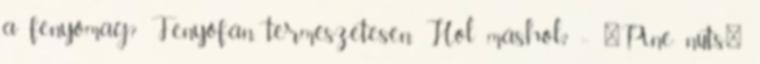
a fenyőmag? Fenyőfán, természetesen. Hol máshol? :- "Pine nuts"